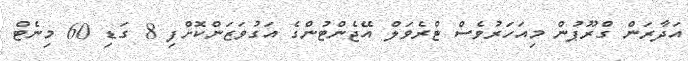
އަދާރަން ގްރޫޕުން މިއަހަރުވެސް ޓްރެވަލް އޭޖެންޓުންގެ އަގުވަޒަންކޮށްފި 8 ގަޑި 60 މިނެޓް